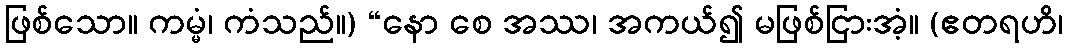
ဖြစ်သော။ ကမ္မံ၊ ကံသည်။) “နော စေ အဿ၊ အကယ်၍ မဖြစ်ငြားအံ့။ (ဧတရဟိ၊